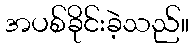
အပစ်ခိုင်းခဲ့သည်။